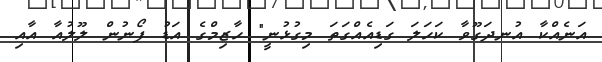
އަނެއްކާ އުނދަގޫވާ ކަހަލަ ގަޑިއެއްގަތަ މިގުޅުނީ" ހާޒިމްގެ އަޑު ފޯނުން ލޫލުއާ އާއި